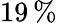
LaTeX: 19\, \%